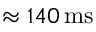
\approx 1 4 0 \, \mathrm { m s }